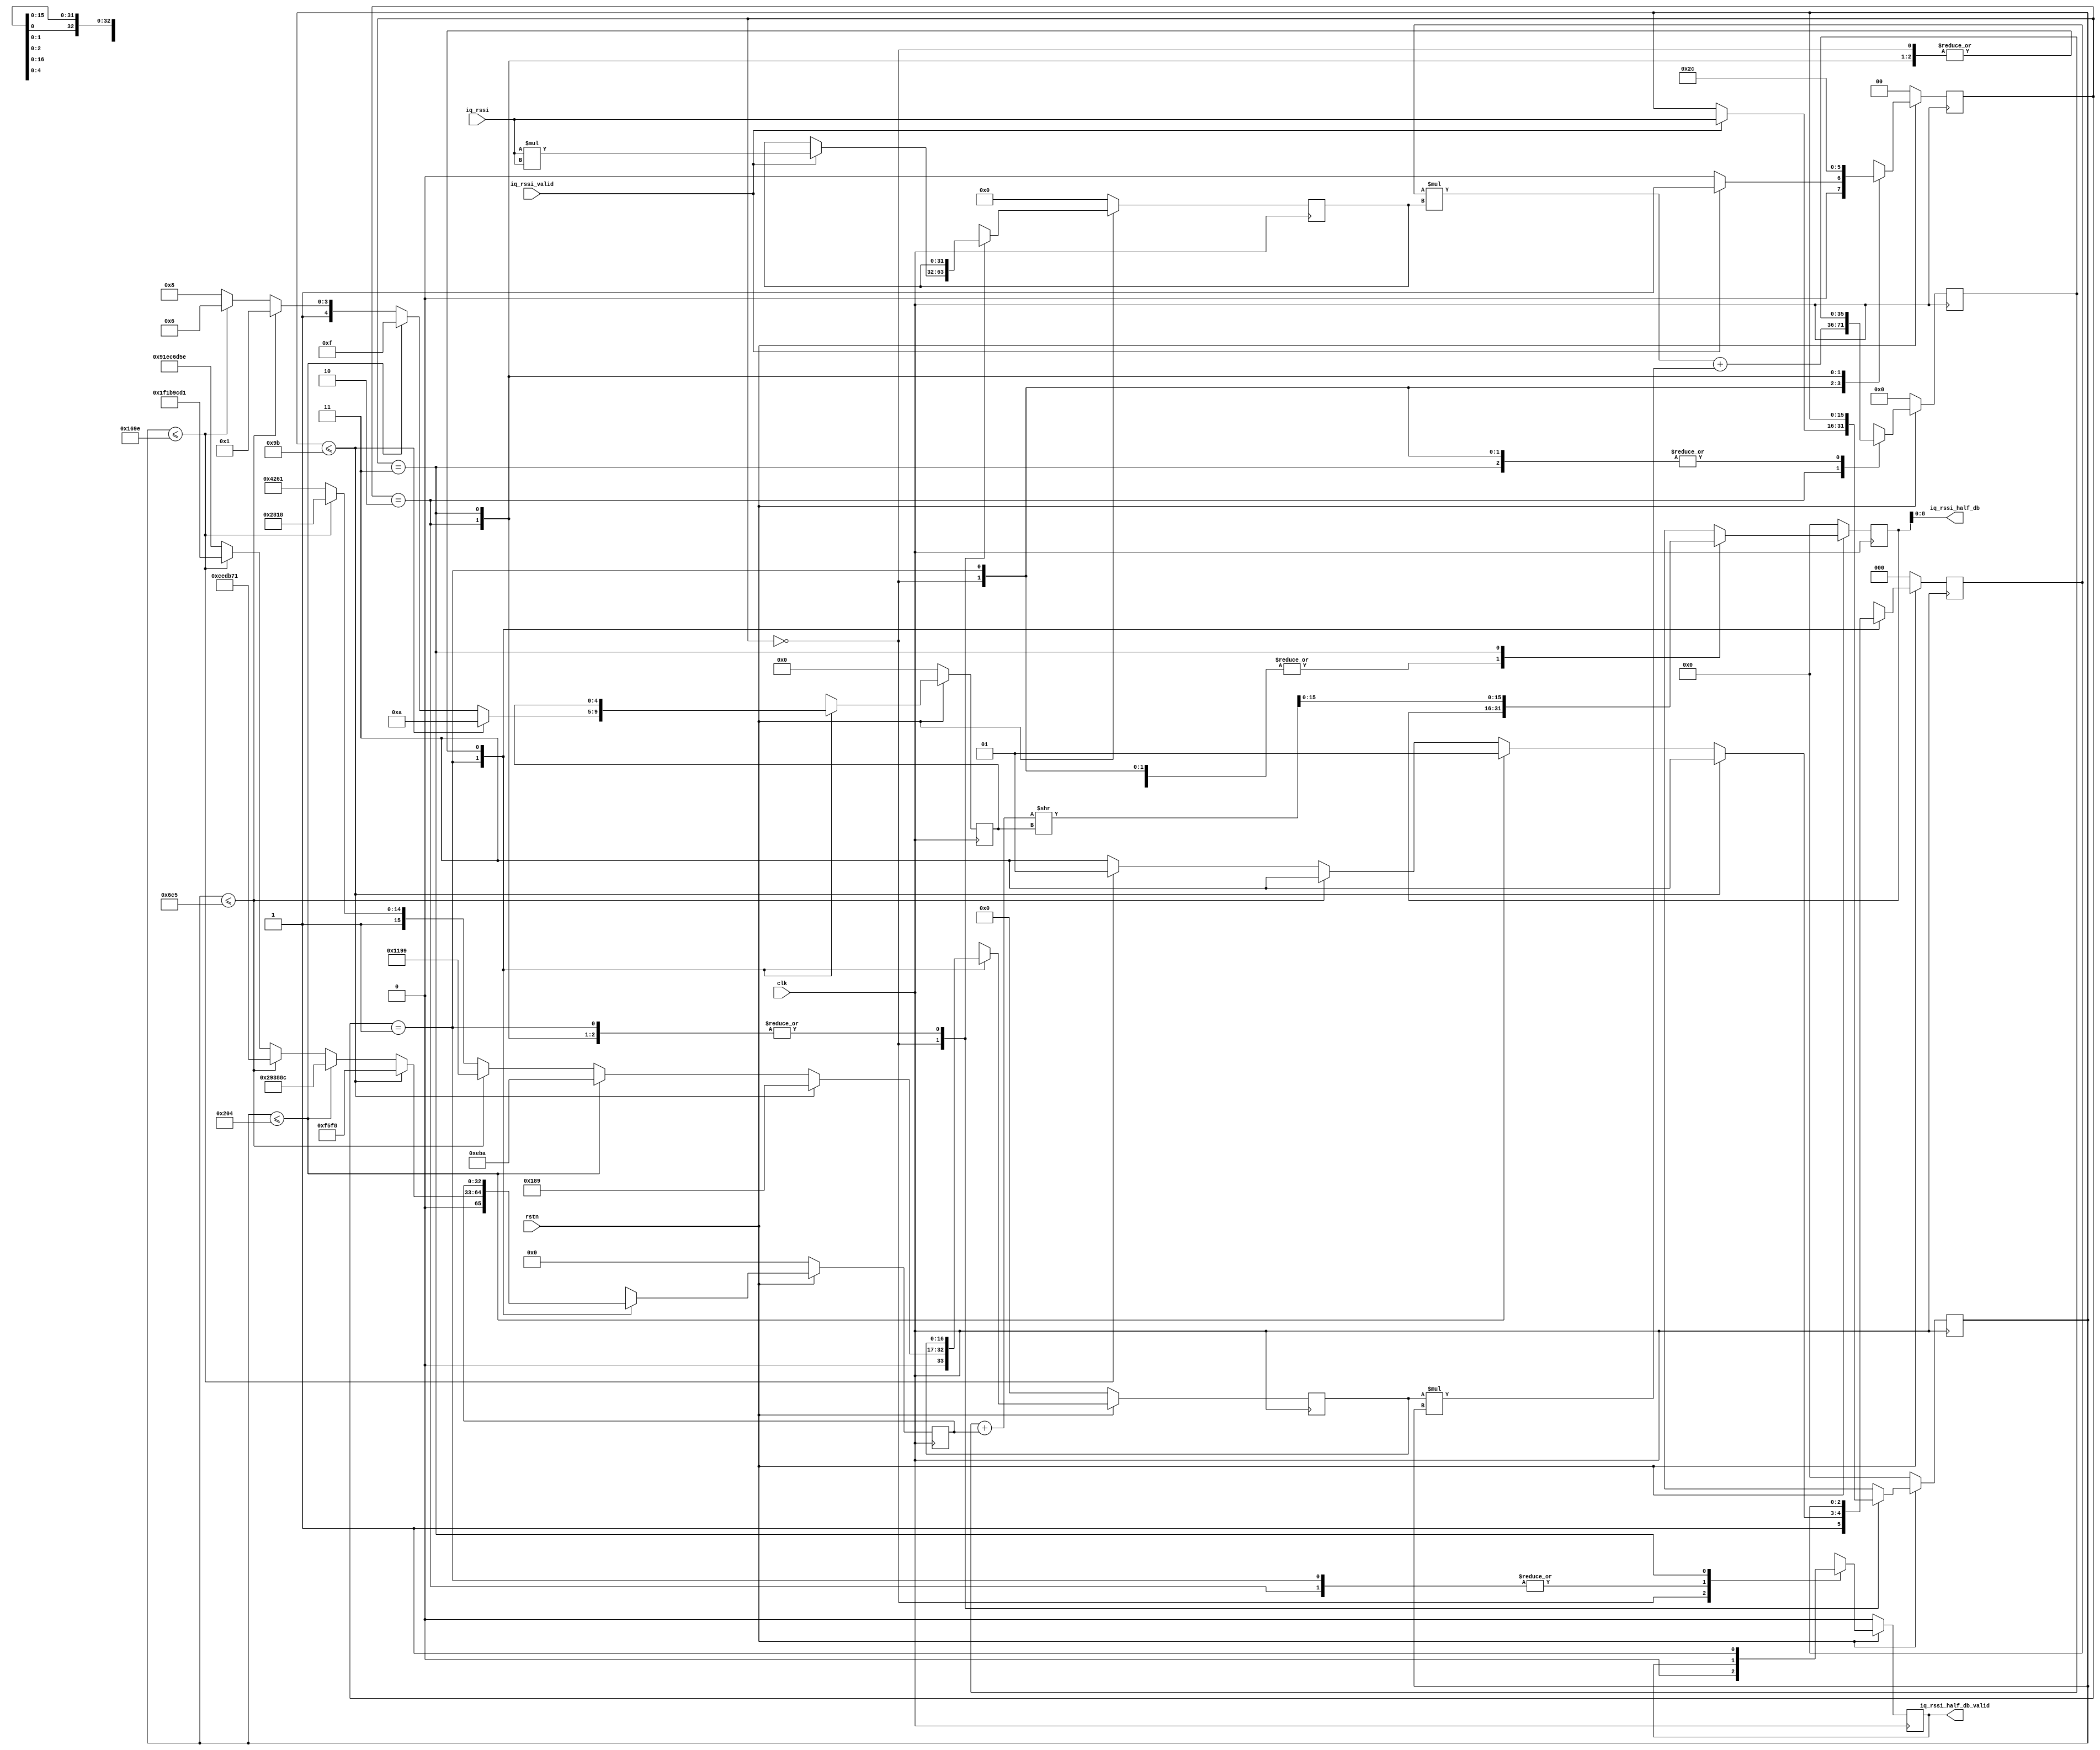
// Xianjun jiao. putaoshu@msn.com; xianjun.jiao@imec.be;

`timescale 1 ns / 1 ps

	module iq_rssi_to_db #
	(
		parameter integer IQ_DATA_WIDTH	= 16,
    parameter integer IQ_RSSI_HALF_DB_WIDTH	= 9
	)
	(
        input wire clk,
        input wire rstn,

	    // Ports to receive iq rssi from iq_abs_avg
        input wire signed [(IQ_DATA_WIDTH-1):0] iq_rssi,
        input wire iq_rssi_valid,

	      output wire signed [(IQ_RSSI_HALF_DB_WIDTH-1):0] iq_rssi_half_db, // step size is 0.5dB not 1dB!
        output wire iq_rssi_half_db_valid
	);

//let's use FSM to do calculation.
//Remember, after a iq_rssi_valid, you have 8 clock to do the job
//In the case of 100MHz, we do not have 8 clock. Need to shrink the number of state
    localparam [1:0]   WAIT_FOR_VALID  =  2'b00,
                       PREPARE_P1P2P3  =  2'b01,
                       MULT_ADD_P1P2   =  2'b10,
                       ADD_P3_GEN_FINAL=  2'b11;
    reg [1:0] calc_state;

    reg signed [(IQ_DATA_WIDTH-1):0] iq_rssi_reg;
    reg signed [(2*IQ_DATA_WIDTH-1):0] iq_rssi2;
    reg [4:0] num_shfit_bit;

    reg signed [32:0] p3;
    reg signed [16:0] p2;
    reg signed [2:0] p1;

    reg signed [(4+2*IQ_DATA_WIDTH-1):0] sum_p1p2;

    reg signed [(IQ_DATA_WIDTH-1):0] iq_rssi_half_db_reg;
    reg signed iq_rssi_half_db_valid_reg;

    assign iq_rssi_half_db = iq_rssi_half_db_reg;
    assign iq_rssi_half_db_valid = iq_rssi_half_db_valid_reg;

	always @(posedge clk)                                             
    begin
      if (!rstn)
      // Synchronous reset (active low)                                       
        begin
          calc_state<=WAIT_FOR_VALID;
          iq_rssi_reg<=0;
          iq_rssi2<=0;
          num_shfit_bit<=0;
          p3<=0;
          p2<=0;
          p1<=0;
          sum_p1p2<=0;
          iq_rssi_half_db_reg<=0;
          iq_rssi_half_db_valid_reg<=0;
        end                                                                   
      else                                                                    
        case (calc_state)
          WAIT_FOR_VALID: begin
            if (iq_rssi_valid) begin
                calc_state <= PREPARE_P1P2P3;
                iq_rssi_reg <= iq_rssi;
                iq_rssi2 <= iq_rssi*iq_rssi;
                end
            else begin
                calc_state <= WAIT_FOR_VALID;
                iq_rssi_reg <= iq_rssi_reg;
                iq_rssi2 <= iq_rssi2;
                end

            num_shfit_bit<=num_shfit_bit;
            p3<=p3;
            p2<=p2;
            p1<=p1;
            sum_p1p2<=sum_p1p2;
            iq_rssi_half_db_reg<=iq_rssi_half_db_reg;
            iq_rssi_half_db_valid_reg<=0;

          end

          PREPARE_P1P2P3: begin // data is calculated by calc_phy_header C program
            calc_state <= MULT_ADD_P1P2;
            if (iq_rssi_reg<=155) begin
                num_shfit_bit <= 10;
                p3 <= 62968;
                p2 <= 393;
                p1 <= -1;
                end
            else if (iq_rssi_reg<=516) begin
                num_shfit_bit <= 15;
                p3 <= 2701452;
                p2 <= 3770;
                p1 <= -3;
                end
            else if (iq_rssi_reg<=1733) begin
                num_shfit_bit <= 17;
                p3 <= 13556593;
                p2 <= 4505;
                p1 <= -1;
                end
            else if (iq_rssi_reg<=5790) begin
                num_shfit_bit <= 22;
                p3 <= 521903313;
                p2 <= 43032;
                p1 <= -3;
                end
            else begin
                num_shfit_bit <= 24;
                p3 <= 33'H91EC6D5E; //2448190814 in test_iq_rssi_interp.m
                p2 <= 49761;
                p1 <= -1;
                end
            
            iq_rssi_reg <= iq_rssi_reg;
            iq_rssi2 <= iq_rssi2;
            sum_p1p2<=sum_p1p2;
            iq_rssi_half_db_reg<=iq_rssi_half_db_reg;
            iq_rssi_half_db_valid_reg<=iq_rssi_half_db_valid_reg;

          end
          
          MULT_ADD_P1P2: begin
            calc_state <= ADD_P3_GEN_FINAL;
            sum_p1p2 <= p1*iq_rssi2 + p2*iq_rssi_reg;

            num_shfit_bit <= num_shfit_bit;
            p3 <= p3;
            p2 <= p2;
            p1 <= p1;
            iq_rssi_reg <= iq_rssi_reg;
            iq_rssi2 <= iq_rssi2;
            iq_rssi_half_db_reg<=iq_rssi_half_db_reg;
            iq_rssi_half_db_valid_reg<=iq_rssi_half_db_valid_reg;

          end

          ADD_P3_GEN_FINAL: begin
            calc_state <= WAIT_FOR_VALID;
            iq_rssi_half_db_reg <= ((sum_p1p2 + p3)>>num_shfit_bit);
            iq_rssi_half_db_valid_reg <= 1;

            sum_p1p2 <= sum_p1p2;
            num_shfit_bit <= num_shfit_bit;
            p3 <= p3;
            p2 <= p2;
            p1 <= p1;
            iq_rssi_reg <= iq_rssi_reg;
            iq_rssi2 <= iq_rssi2;

          end

        endcase                                                               
    end

	endmodule